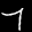
Label: 7